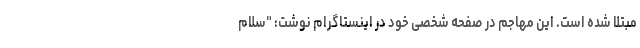
مبتلا شده است. این مهاجم در صفحه شخصی خود در اینستاگرام نوشت: "سلام